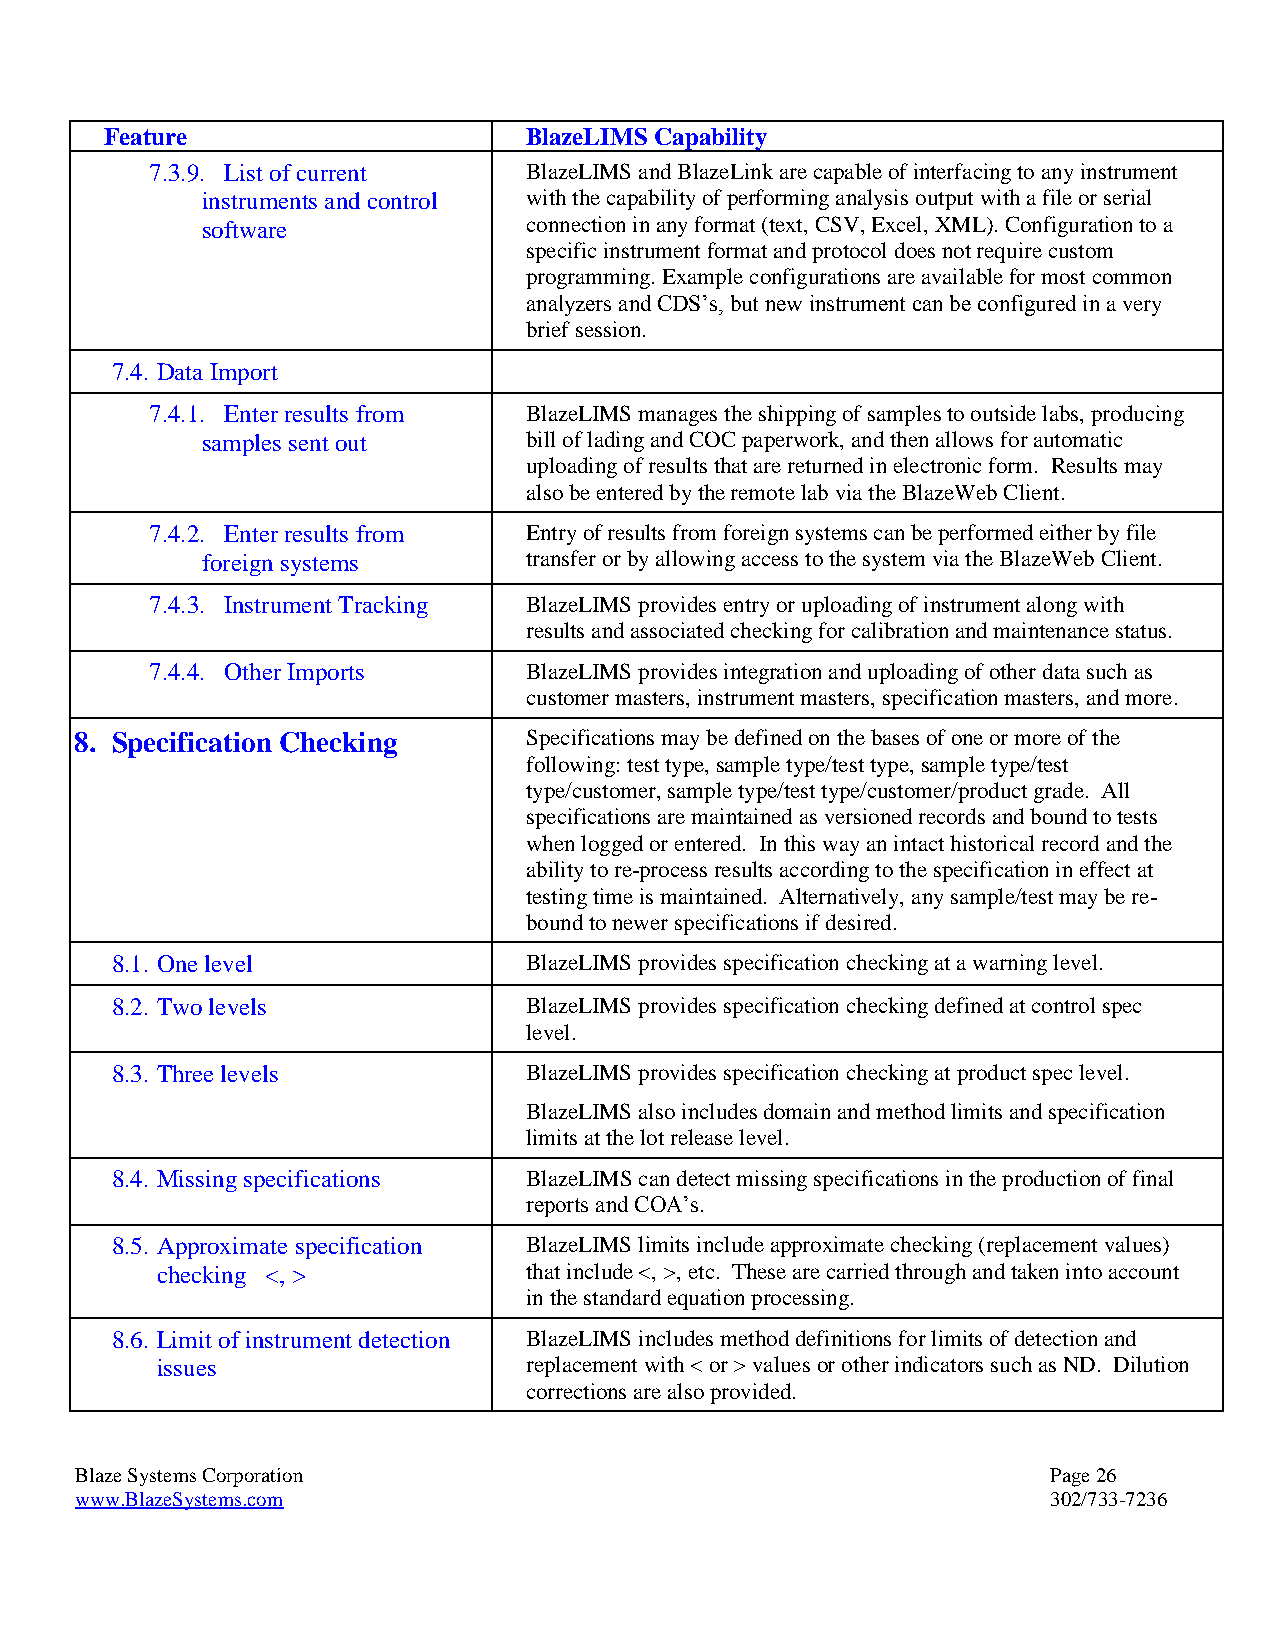
Feature                     BlazeLIMS Capability
 7.3.9. List of current   BlazeLIMS and BlazeLink are capable of interfacing to any instrument
 instruments and control with the capability of performing analysis output with a file or serial
 software              connection in any format (text, CSV, Excel, XML). Configuration to a
 specific instrument format and protocol does not require custom
 programming. Example configurations are available for most common
 analyzers and CDS’s, but new instrument can be configured in a very
 brief session.
 7.4. Data Import
 7.4.1. Enter results from BlazeLIMS manages the shipping of samples to outside labs, producing
 samples sent out      bill of lading and COC paperwork, and then allows for automatic
 uploading of results that are returned in electronic form. Results may
 also be entered by the remote lab via the BlazeWeb Client.
 7.4.2. Enter results from Entry of results from foreign systems can be performed either by file
 foreign systems       transfer or by allowing access to the system via the BlazeWeb Client.
 7.4.3. Instrument Tracking BlazeLIMS provides entry or uploading of instrument along with
 results and associated checking for calibration and maintenance status.
 7.4.4. Other Imports     BlazeLIMS provides integration and uploading of other data such as
 customer masters, instrument masters, specification masters, and more.
 8. Specification Checking     Specifications may be defined on the bases of one or more of the
 following: test type, sample type/test type, sample type/test
 type/customer, sample type/test type/customer/product grade. All
 specifications are maintained as versioned records and bound to tests
 when logged or entered. In this way an intact historical record and the
 ability to re-process results according to the specification in effect at
 testing time is maintained. Alternatively, any sample/test may be re-
 bound to newer specifications if desired.
 8.1. One level              BlazeLIMS provides specification checking at a warning level.
 8.2. Two levels             BlazeLIMS provides specification checking defined at control spec
 level.
 8.3. Three levels           BlazeLIMS provides specification checking at product spec level.
 BlazeLIMS also includes domain and method limits and specification
 limits at the lot release level.
 8.4. Missing specifications BlazeLIMS can detect missing specifications in the production of final
 reports and COA’s.
 8.5. Approximate specification BlazeLIMS limits include approximate checking (replacement values)
 checking <, >            that include <, >, etc. These are carried through and taken into account
 in the standard equation processing.
 8.6. Limit of instrument detection BlazeLIMS includes method definitions for limits of detection and
 issues                   replacement with < or > values or other indicators such as ND. Dilution
 corrections are also provided.
 Blaze Systems Corporation                                        Page 26
 www.BlazeSystems.com                                             302/733-7236